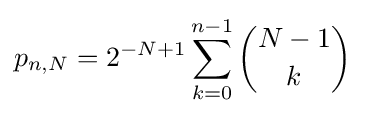
p_{n,N}=2^{-N+1}\sum _{k=0}^{n-1}{\binom {N-1}{k}}